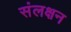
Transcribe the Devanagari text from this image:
संलक्षन